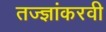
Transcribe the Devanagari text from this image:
तज्ज्ञांकरवी